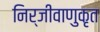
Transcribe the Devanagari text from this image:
निर्जीवाणुकृत